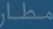
مطارا